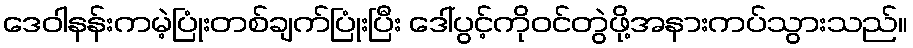
ဒေဝါနန်းကမဲ့ပြုံးတစ်ချက်ပြုံးပြီး ဒေါ်ပွင့်ကိုဝင်တွဲဖို့အနားကပ်သွားသည်။